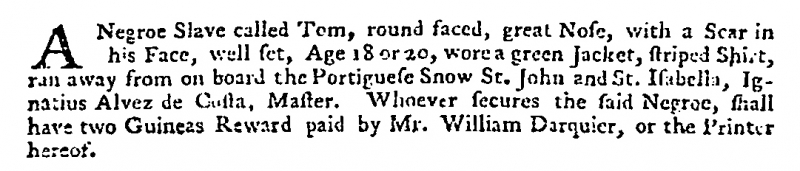
A Negroe Slave called Tom, round faced, great Nose, with a Scar in his Face, well set, Age 18 or 20, wore a green Jacket, striped Shirt, ran away from on board the Portiguese Snow St. John and St. Isabella, Ignatius Alvez de Costa, Master. Whoever secures the said Negroe, shall have two Guineas Reward paid by Mr. William Darquier, or the Printer hereof.